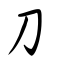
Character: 刀